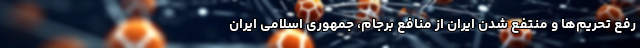
رفع تحریم‌ها و منتفع شدن ایران از منافع برجام، جمهوری اسلامی ایران